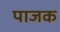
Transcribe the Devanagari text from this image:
पाजक